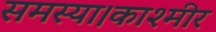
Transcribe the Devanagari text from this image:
समस्या।काश्मीर